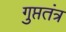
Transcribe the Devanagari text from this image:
गुप्ततंत्र